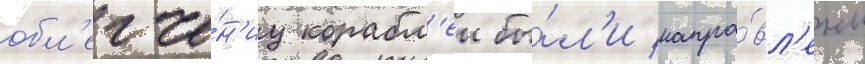
обл'егче́н'иу корабл'еи бы́л'и напра́вл'ены